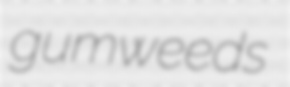
gumweeds